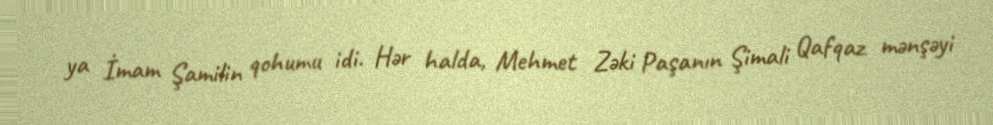
ya İmam Şamilin qohumu idi. Hər halda, Mehmet Zəki Paşanın Şimali Qafqaz mənşəyi